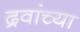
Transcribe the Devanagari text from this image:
द्रवांच्या